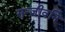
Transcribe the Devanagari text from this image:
सन्जीवनि